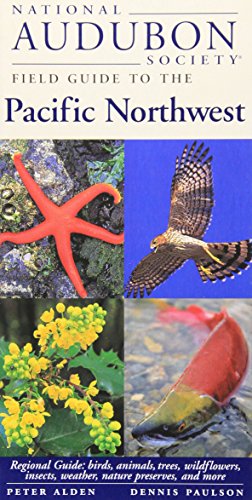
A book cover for National Audubon Society Field Guide to the Pacific Northwest; Peter Alden; Science & Math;